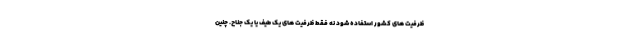
ظرفیت های کشور استفاده شود نه فقط ظرفیت های یک طیف یا یک جناح. چنین